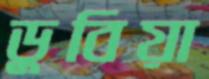
ডুবিয়া